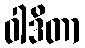
ဝါဒိတာ